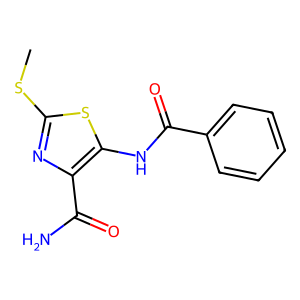
SMILES: CSc1nc(C(N)=O)c(NC(=O)c2ccccc2)s1
Inhibits HIV replication: No